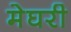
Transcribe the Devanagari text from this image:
मेघरी